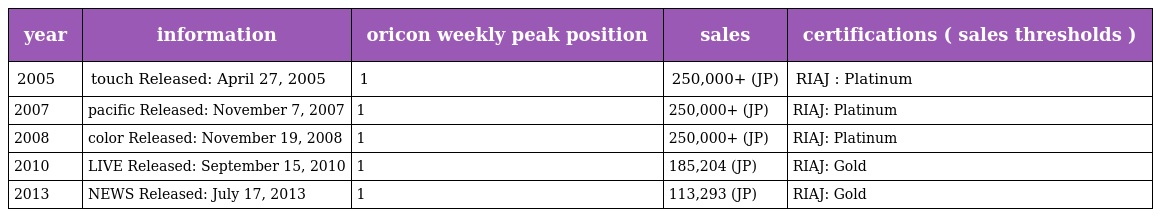
| year | information | oricon weekly peak position | sales | certifications ( sales thresholds ) |
 | --- | --- | --- | --- | --- |
 | 2005 | touch Released: April 27, 2005 | 1 | 250,000+ (JP) | RIAJ : Platinum |
 | 2007 | pacific Released: November 7, 2007 | 1 | 250,000+ (JP) | RIAJ: Platinum |
 | 2008 | color Released: November 19, 2008 | 1 | 250,000+ (JP) | RIAJ: Platinum |
 | 2010 | LIVE Released: September 15, 2010 | 1 | 185,204 (JP) | RIAJ: Gold |
 | 2013 | NEWS Released: July 17, 2013 | 1 | 113,293 (JP) | RIAJ: Gold |